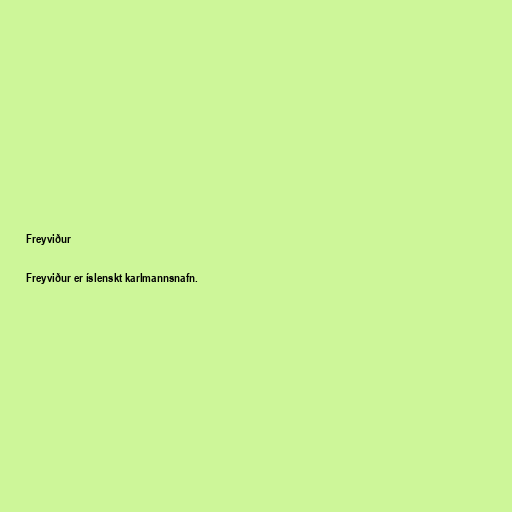
Freyviður

Freyviður er íslenskt karlmannsnafn.